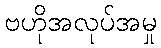
ဗဟိုအလုပ်အမှု